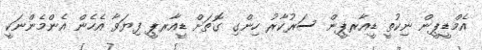
އެމްޑީޕީން ނިކުތީ ޑީއާރޕީން ސަރުކާރު ހިންގި ގޮތަށް ޑީއާރޕީ ފިޔަވާ އެހެން އެންމެންނަކީ